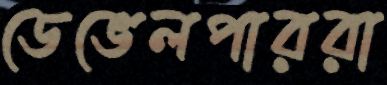
ডেভেলপাররা